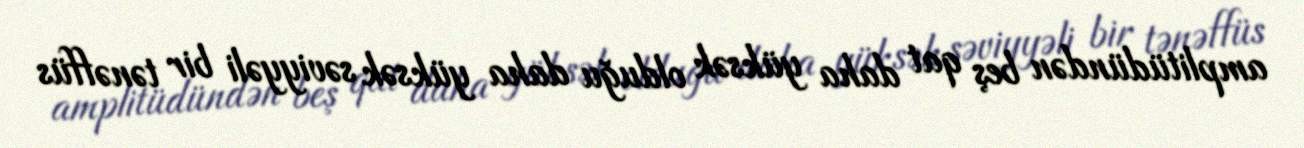
amplitüdündən beş qat daha yüksək olduğu daha yüksək səviyyəli bir tənəffüs